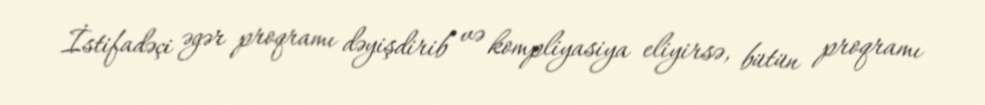
İstifadəçi əgər proqramı dəyişdirib və kompliyasiya eliyirsə, bütün proqramı